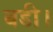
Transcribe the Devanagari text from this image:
बडी।